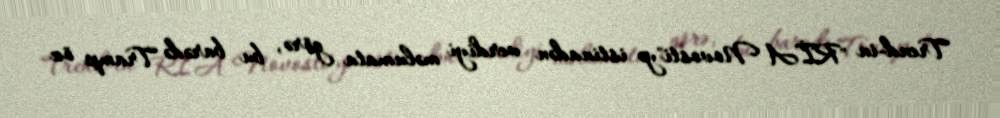
Trend-in "RİA Novosti"yə istinadən verdiyi məlumata görə, bu barədə Tramp öz